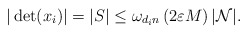
\begin{align*}|\det(x_{i})|=|S|\leq \omega_{d_{i}n}\left(2\varepsilon M \right)|\mathcal{N}|.\end{align*}